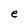
Character: e